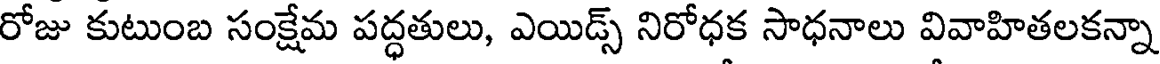
రోజు కుటుంబ సంక్షేమ పద్ధతులు, ఎయిడ్స్ నిరోధక సాధనాలు వివాహితలకన్నా